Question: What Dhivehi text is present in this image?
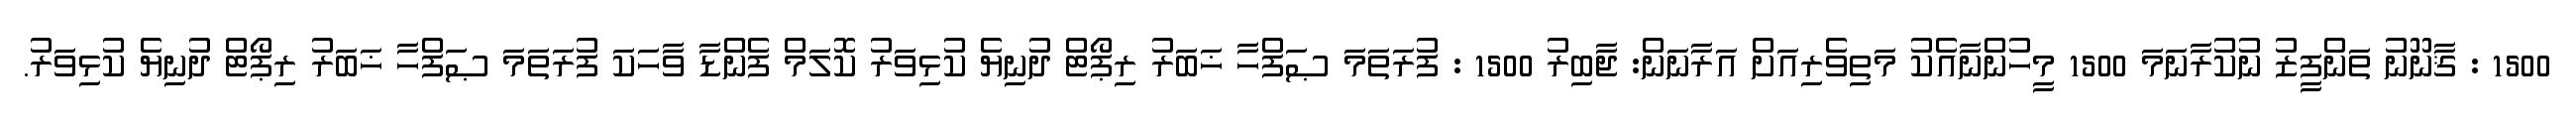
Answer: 1500 : ޤާނޫނު ތަންފީޒު ނުކުރާނަމަ 1500 މީހުންނާއެކު މަތިވެރިއަށް އަރާނަން: ޖާބިރު 1500 : ފުރަތަމަ ޞަފްހާ ޚަބަރު ރިޕޯޓް ދުނިޔެ ކުޅިވަރު ކޮލަމް ފެންޑާ ވާހަކަ ފުރަތަމަ ޞަފްހާ ޚަބަރު ރިޕޯޓް ދުނިޔެ ކުޅިވަރު.